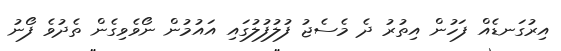
އިރުގަނޑެއް ފަހުން އިތުރު ދެ މެސެޖު ފުލުފުލުގައި އައުމުން ނޯވެވިގެން ތެދުވެ ފޯނު